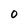
Character: 0